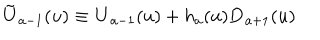
\tilde { \bf U } _ { a - 1 } ( u ) \equiv { \bf U } _ { a - 1 } ( u ) + h _ { a } ( u ) { \bf D } _ { a + 1 } ( u )